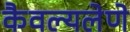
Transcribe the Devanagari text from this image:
कैवल्यलेणे